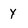
Character: y